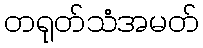
တရုတ်သံအမတ်